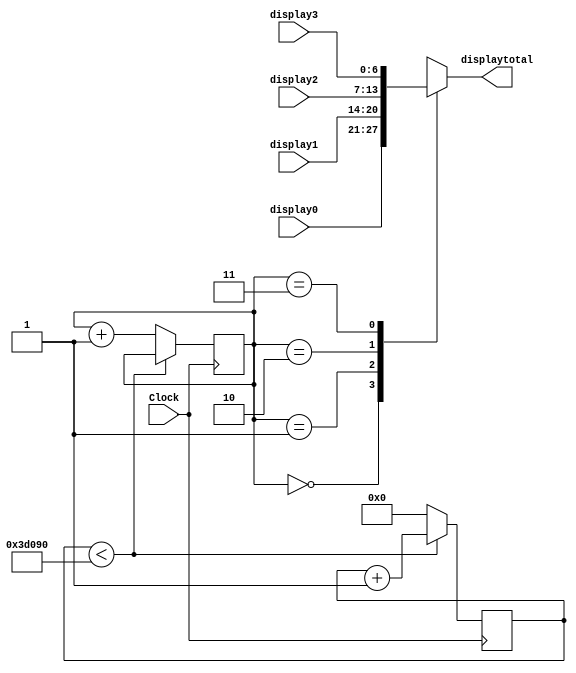
`timescale 1ns / 1ps
//////////////////////////////////////////////////////////////////////////////////
// Company: 
// Engineer: 
// 
// Design Name: 
// Module Name:    Selectordisplay 
// Project Name: 
// Target Devices: 
// Tool versions: 
// Description: 
//
// Dependencies: 
//
// Revision: 
// Revision 0.01 - File Created
// Additional Comments: 
//
//////////////////////////////////////////////////////////////////////////////////
module Selectordisplay(Clock,display0,display1,display2,display3,displaytotal);
	 
	input Clock;
	input [6:0] display0,display1,display2,display3;
	output reg [6:0] displaytotal;
			
	reg [1:0] digito = 0;
	reg [17:0] counter = 0;
		
	
	 
	always@(posedge Clock)
	        begin 
			  if(counter < 250000)
				  counter <= counter +1;
			  else begin
				    counter <= 0;
					 digito <= digito+ 1;
			  end
	 	  
	 end
	 
	 always@(*)begin
	           casez(digito)	
					    2'b00 : displaytotal = display0;
					    2'b01 : displaytotal = display1;
					    2'b10 : displaytotal = display2;
					    2'b11 : displaytotal = display3;
					    default displaytotal = 7'b???????;				
				endcase
	 
	 end
	 
	  
		
endmodule